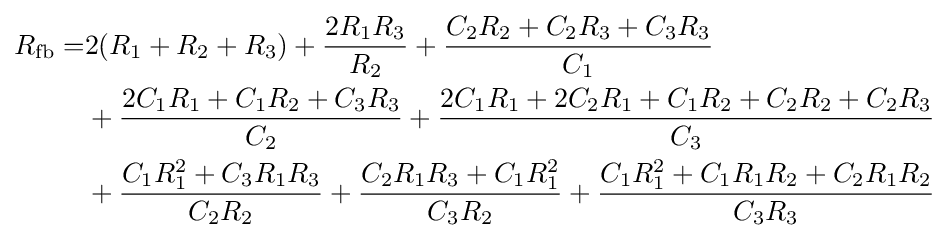
{\begin{aligned}R_{\mathrm {fb} }=&2(R_{1}+R_{2}+R_{3})+{\frac {2R_{1}R_{3}}{R_{2}}}+{\frac {C_{2}R_{2}+C_{2}R_{3}+C_{3}R_{3}}{C_{1}}}\\&+{\frac {2C_{1}R_{1}+C_{1}R_{2}+C_{3}R_{3}}{C_{2}}}+{\frac {2C_{1}R_{1}+2C_{2}R_{1}+C_{1}R_{2}+C_{2}R_{2}+C_{2}R_{3}}{C_{3}}}\\&+{\frac {C_{1}R_{1}^{2}+C_{3}R_{1}R_{3}}{C_{2}R_{2}}}+{\frac {C_{2}R_{1}R_{3}+C_{1}R_{1}^{2}}{C_{3}R_{2}}}+{\frac {C_{1}R_{1}^{2}+C_{1}R_{1}R_{2}+C_{2}R_{1}R_{2}}{C_{3}R_{3}}}\end{aligned}}